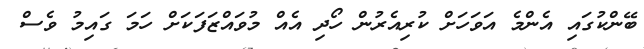
ބޭންކުގައި އެންމެ އަވަހަށް ކުރިއެރުން ހޯދި އެއް މުވައްޒަފަކަށް ހަމަ ގައިމު ވެސް